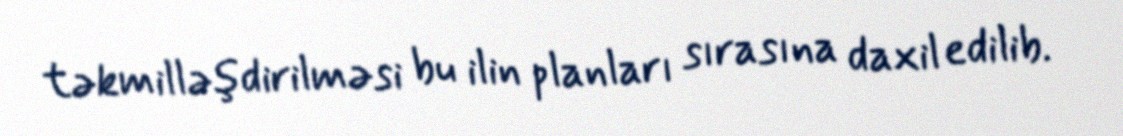
təkmilləşdirilməsi bu ilin planları sırasına daxil edilib.